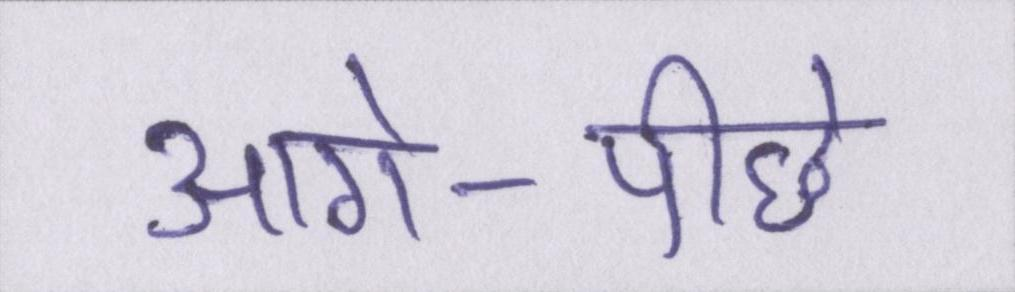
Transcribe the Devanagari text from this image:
आगे-पीछे